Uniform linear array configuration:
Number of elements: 12
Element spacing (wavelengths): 0.25
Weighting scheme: blackman
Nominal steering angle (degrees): -60
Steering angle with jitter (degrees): -60.066
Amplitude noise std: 0.05
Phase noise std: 0.05

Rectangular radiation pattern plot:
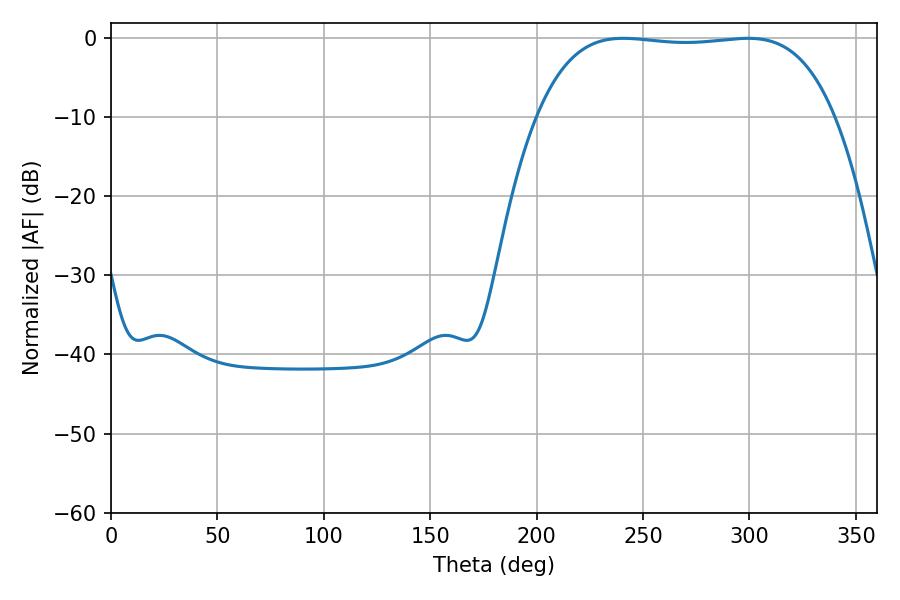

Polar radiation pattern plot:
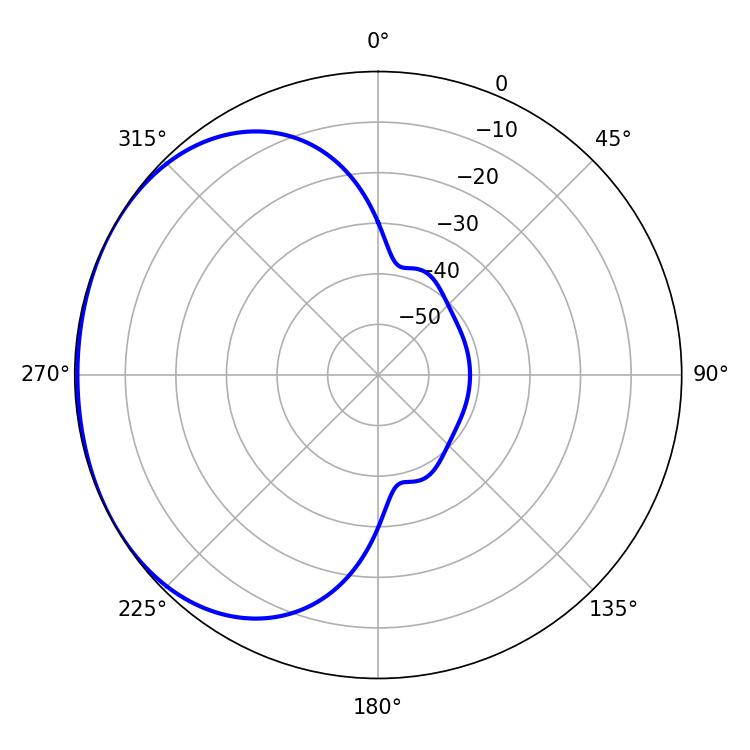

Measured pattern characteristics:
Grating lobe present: FALSE
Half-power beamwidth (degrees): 110.16
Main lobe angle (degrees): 240.66